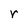
Character: r